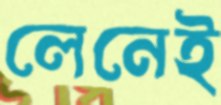
লেনেই